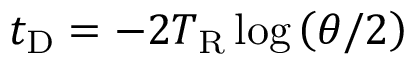
t _ { \mathrm { D } } = - 2 T _ { \mathrm { R } } \log \left( \theta / 2 \right)